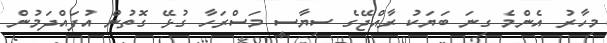
މިހާރު އެންމެ ގިނަ ބަޔަކު ރާއްޖޭގެ ސިޔާސީ މަސްރަހާ ގުޅޭ ގޮތުން އުފައްދަމުން